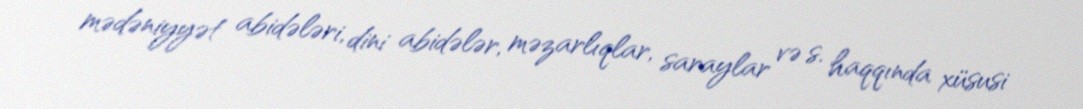
mədəniyyət abidələri, dini abidələr, məzarlıqlar, saraylar və s. haqqında xüsusi